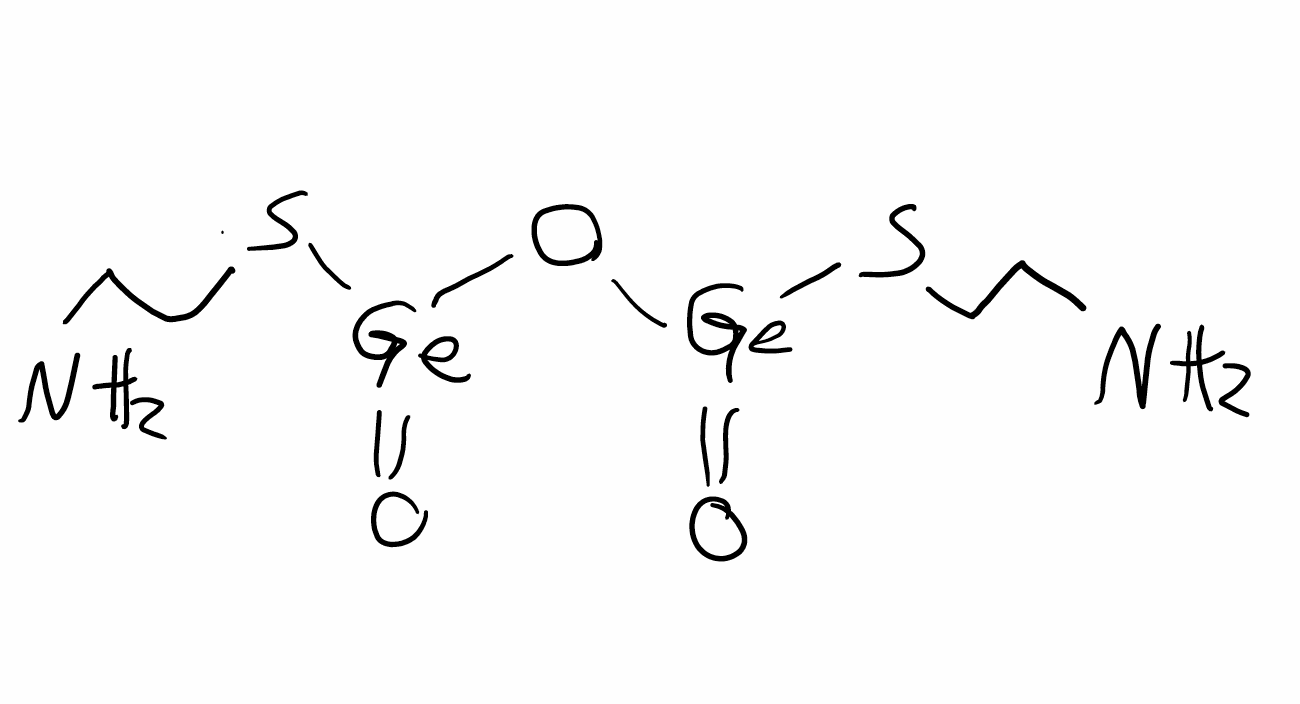
Simplified molecular-input line-entry system (SMILES) notation of the given molecule:
C(CS[Ge](=O)O[Ge](=O)SCCN)N